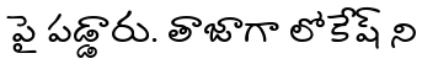
పై పడ్డారు. తాజాగా లోకేష్ ని